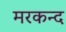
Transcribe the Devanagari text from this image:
मरकन्द